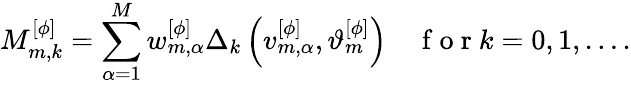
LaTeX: M_{m,k}^{[\phi]}=\sum_{\alpha=1}^{M}w_{m,\alpha}^{[\phi]}\Delta_{k}\left(v_{m,\alpha}^{[\phi]},\vartheta_{m}^{[\phi]}\right)\quad\mathrm{~f~o~r~}k=0,1,\dots.